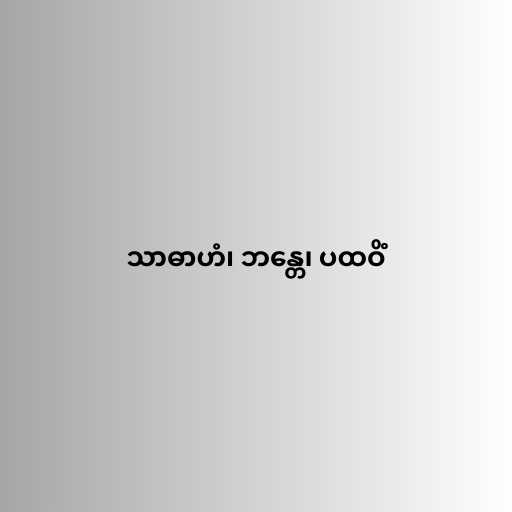
သာဓာဟံ၊ ဘန္တေ၊ ပထဝိံ